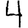
Digit: 4